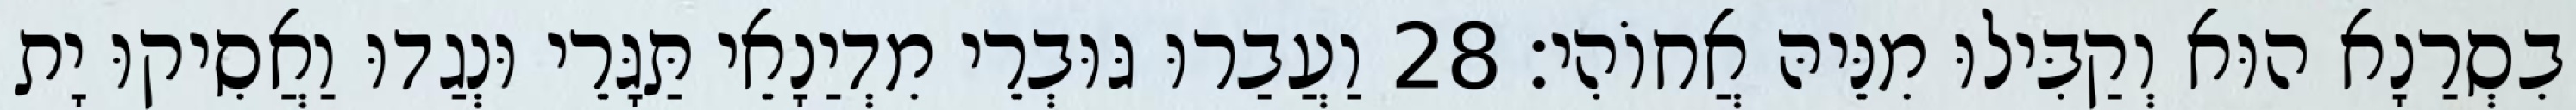
בִסְרַנָא הוּא וְקַבִּילוּ מִנֵּיהּ אֲחוֹהִי׃ 28 וַעֲבַרוּ גּוּבְרֵי מִדְיַנָאֵי תַּגָּרֵי וּנְגַדוּ וַאֲסִיקוּ יָת